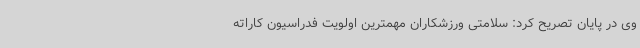
وی در پایان تصریح کرد: سلامتی ورزشکاران مهمترین اولویت فدراسیون کاراته